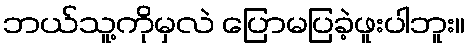
ဘယ်သူ့ကိုမှလဲ ပြောမပြခဲ့ဖူးပါဘူး။